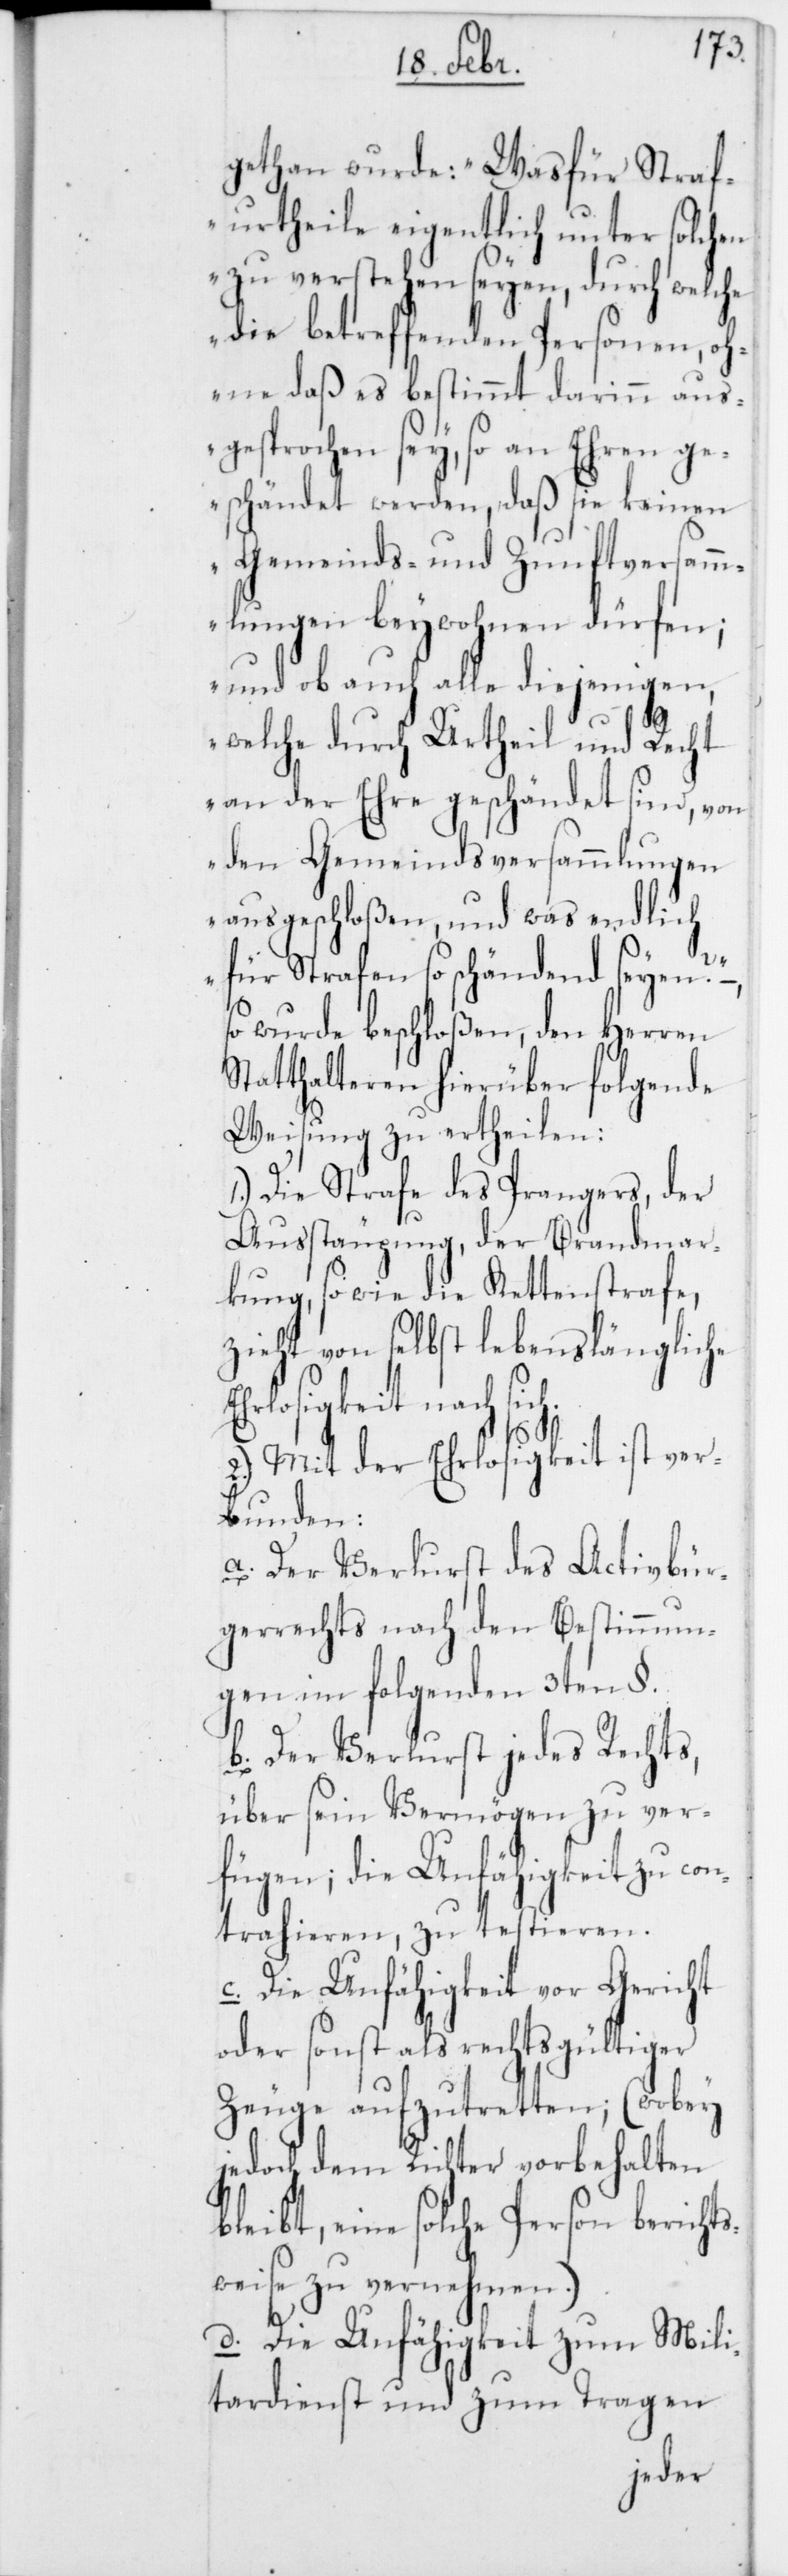
gethan wurde: „Was für Straf¬
urtheile eigentlich unter solchen
zu verstehen seyen, durch welche
die betreffenden Personen, oh¬
ne daß es bestimmt darinn aus¬
gesprochen sey, so an Ehren ge¬
schändet werden, daß sie keinen
Gemeinds- und Zunftversamm¬
lungen beywohnen dürfen;
und ob auch alle diejenigen,
welche durch Urtheil und Recht
an der Ehre geschändet sind, von
den Gemeindsversammlungen
ausgeschloßen, und was endlich
für Strafen so schändend seyen?“
so wurde beschloßen, den Herren
Statthalteren hierüber folgende
Weisung zu ertheilen:
1.) Die Strafe des Prangers, der
Ausstäupung, der Brandmar¬
kung so wie die Kettenstrafe,
zieht von selbst lebenslängliche
Ehrlosigkeit nach sic¬
b¬
2.) Mit der Ehrlosigkeit ist ver¬
bunden:
a. Der Verlust des Activbür¬
gerrechts nach den Bestimmun¬
gen im folgenden 3ten §.
b. Der Verlust jedes Rechts,
über sein Vermögen zu ver¬
fügen; die Unfähigkeit zu con¬
trahieren, zu testieren.
c. Die Unfähigkeit vor Gericht
oder sonst als rechtsgültiger
Zeuge aufzutretten; (wobey
jedoch dem Richter vorbehalten
leibt, eine solche Person bericht¬
sweise zu vernehmen.)
d. Die Unfähigkeit zum Mili¬
tardienst und zum Tragen